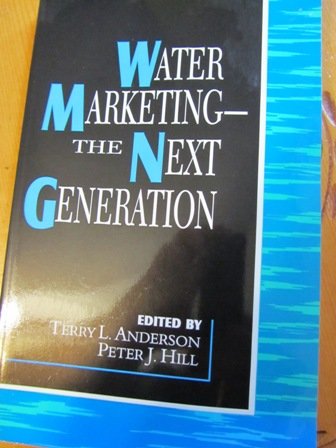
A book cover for Water Marketing: The Next Generation; Law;